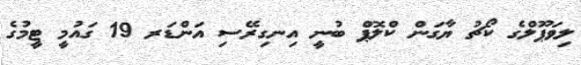
ލިވަޕޫލްގެ ކޯޗު ޔާގަން ކްލޮޕް ބުނީ އިނގިރޭސި އަންޑަރ 19 ގައުމީ ޓީމުގެ